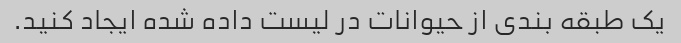
یک طبقه بندی از حیوانات در لیست داده شده ایجاد کنید.